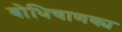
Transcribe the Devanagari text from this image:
बोधिचाणक्य